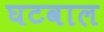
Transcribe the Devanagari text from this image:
घटवाल